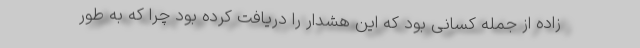
زاده از جمله کسانی بود که این هشدار را دریافت کرده بود چرا که به طور